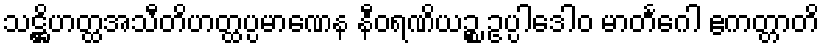
သဋ္ဌိဟတ္ထအသီတိဟတ္ထပ္ပမာဏေန နီဝရဏိယဉ္စ ဥပ္ပါဒေါဝ မာတင်္ဂေါ ဧကတ္တာတိ